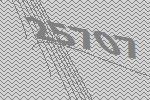
25707